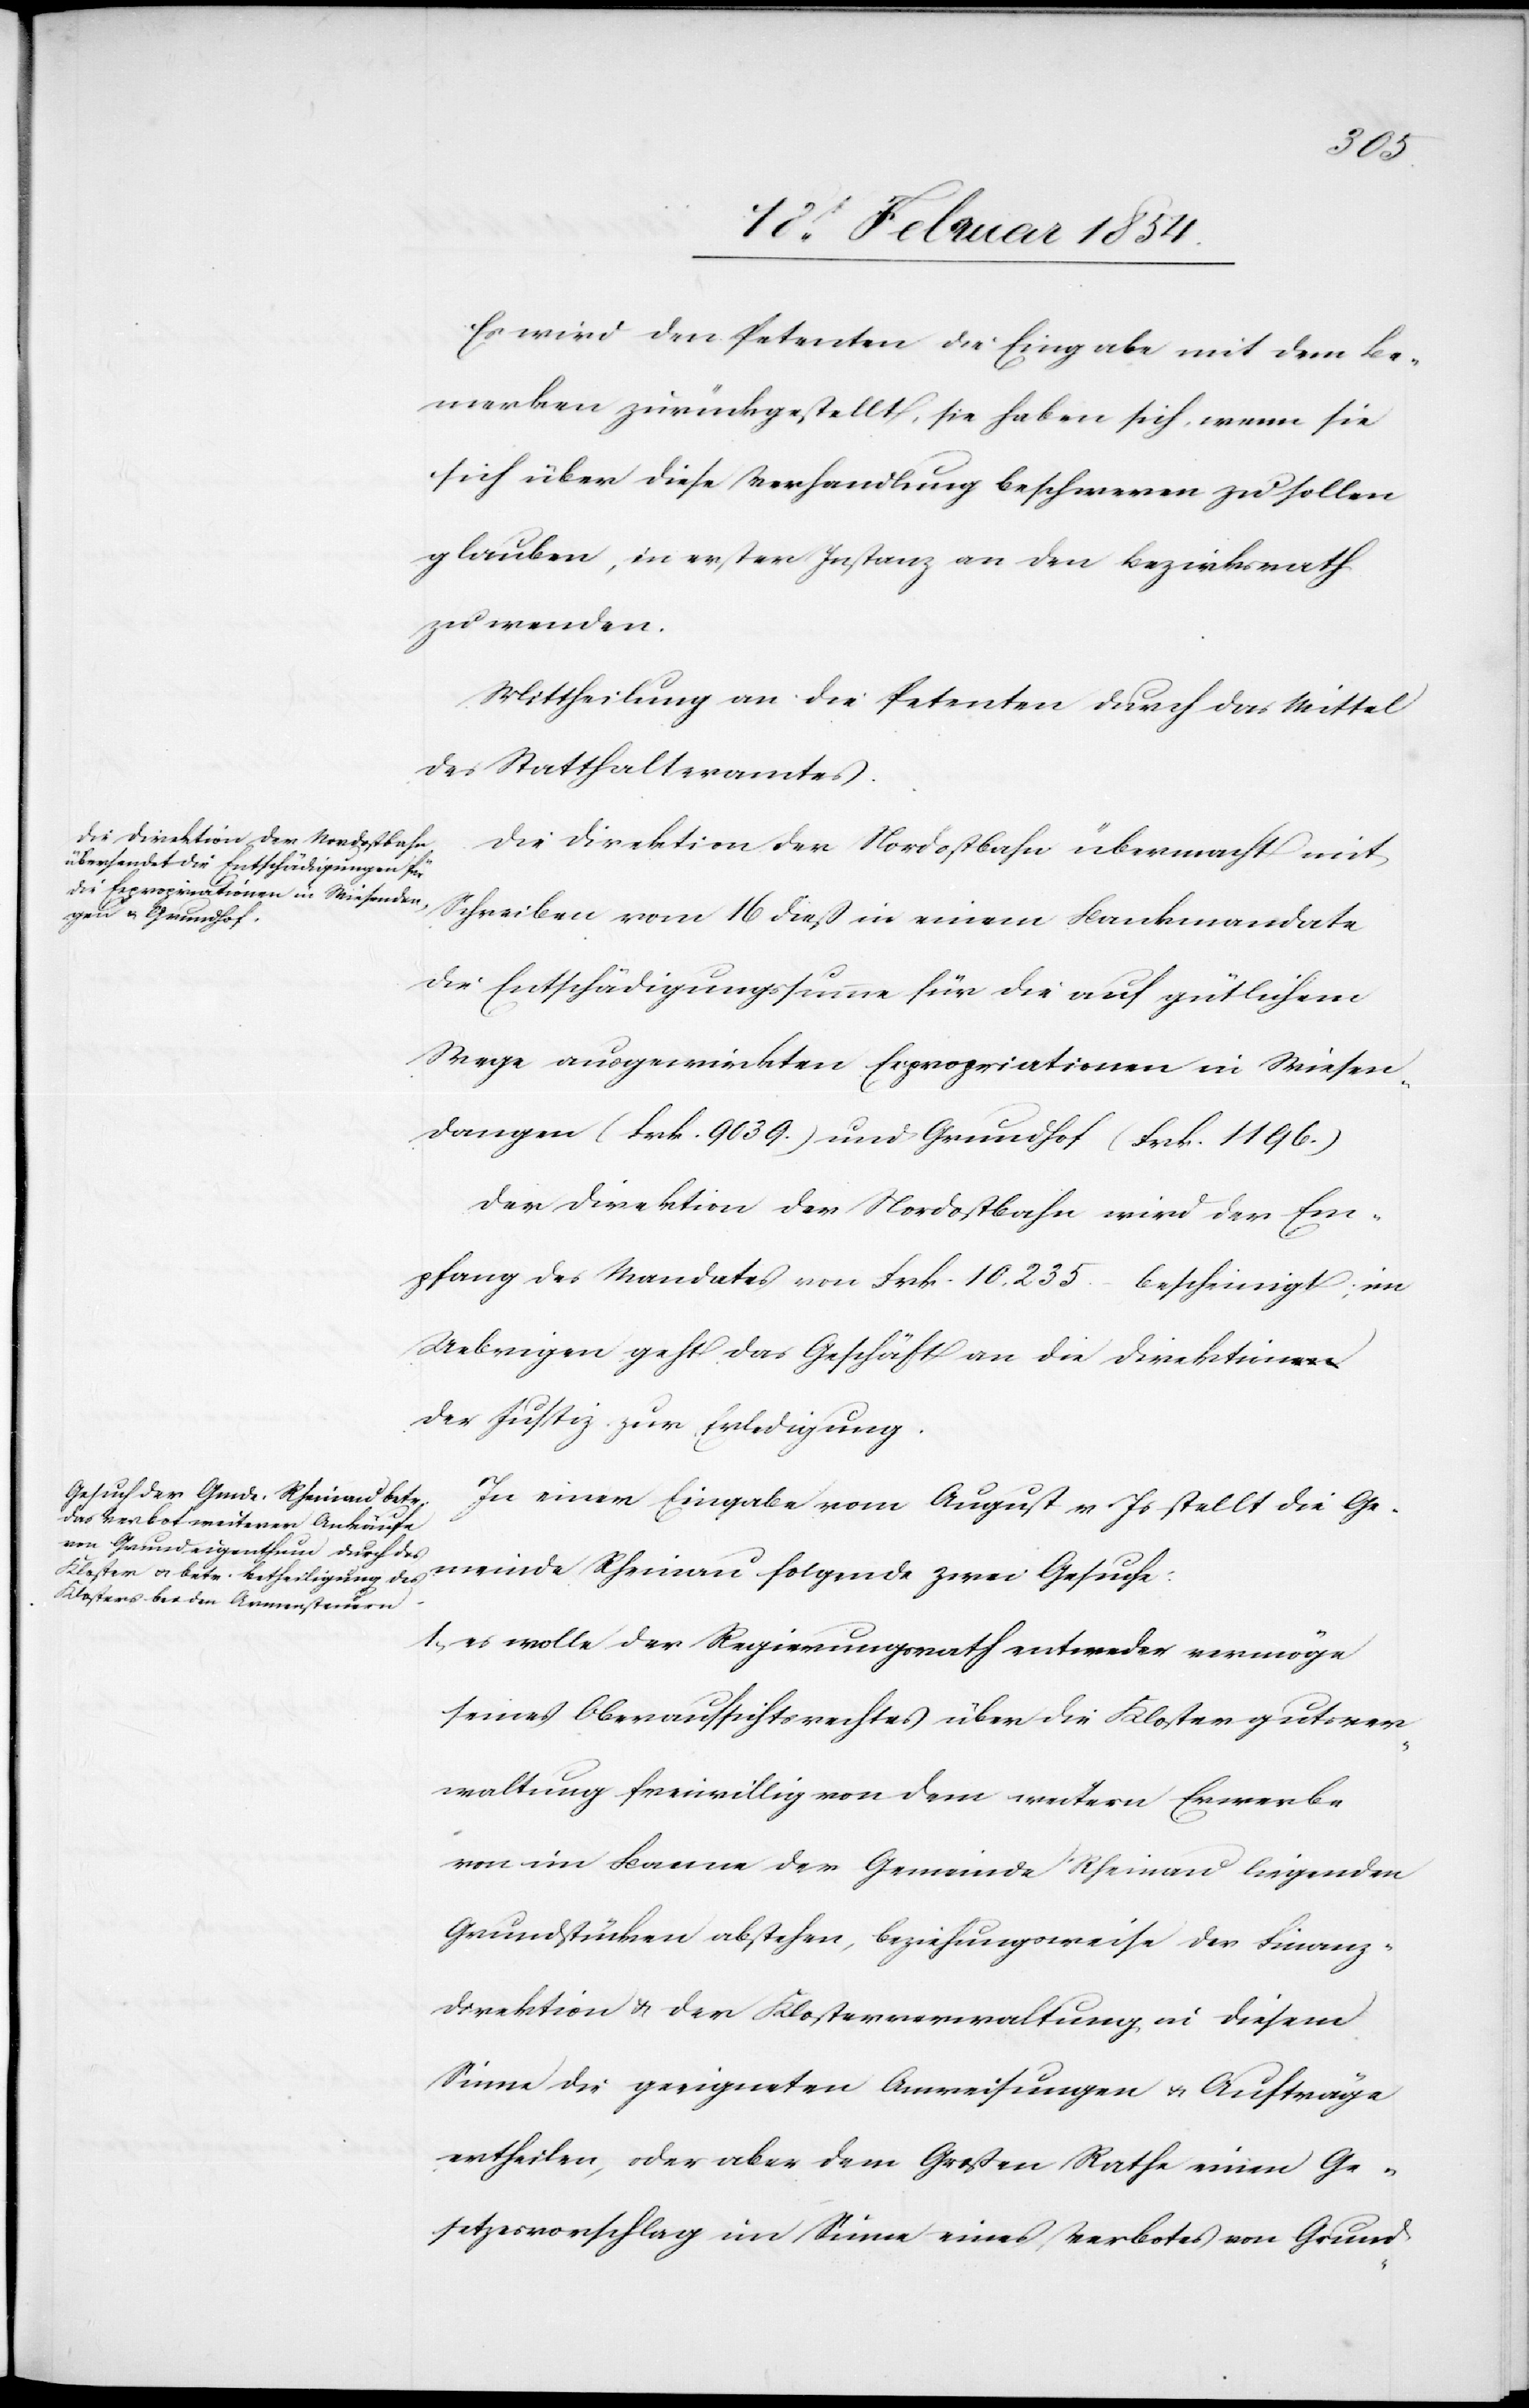
meinde
Es wird den Petenten die Eingabe mit dem Be¬
werben zurückgestellt, sie haben sich, wenn sie
sich über diese Verhandlung beschwerten zu sollen
glauben, in erster Instanz an den Bezirksrath
zu wenden.
Mittheilung an die Petenten durch das Mittel
des Statthalteramtes.
Die Direktion der Nordostbahn übermacht mit
Schreiben vom 16 dieß in einem Bankmandate
die Entschädigungssumme für die auf gütlichem
Wege ausgewirkten Expropriationen in Wiesen¬
dangen (Frk. 9039.) und Grundhof (Frk. 1196.)
Der Direktion der Nordostbahn wird der Em¬
pfang des Mandates von Frk. 10. 235.– bescheinigt; im
Uebrigen geht das Geschäft an die Direktion
der Justiz zur Erledigung.
In einer Eingabe von August v. Js stellt die Ge¬
1. es wollte der Regierungsrath entweder vermöge
seines Oberaufsichtsrechtes über die Klostergutsver¬
waltung freiwillig von dem weitern Erwerbe
von im Banne der Gemeinde Rheinau liegenden
Grundstücken abstehen, beziehungsweise der Finanz¬
direktion u. der Klosterverwaltung, in diesem
Sinne die geeigneten Anweisungen u. Aufträge
ertheilen, oder aber dem Großen Rathe einen Ge¬
setzesvorschlag im Sinne eines Verbotes von Grund-